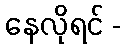
နေလိုရင် -